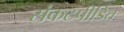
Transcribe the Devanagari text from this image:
संकटपीडित